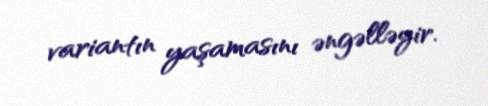
variantın yaşamasını əngəlləyir.